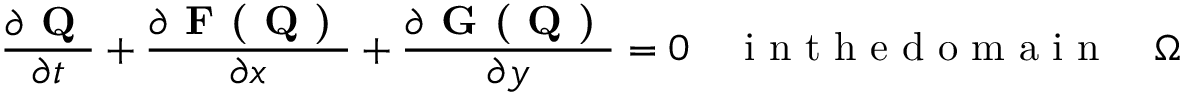
\frac { \partial \textbf { Q } } { \partial t } + \frac { \partial \textbf { F ( Q ) } } { \partial x } + \frac { \partial \textbf { G ( Q ) } } { \partial y } = 0 \quad \mathrm { ~ i ~ n ~ t ~ h ~ e ~ d ~ o ~ m ~ a ~ i ~ n ~ } \quad \Omega